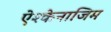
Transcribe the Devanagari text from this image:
ऐश्केनाजिम